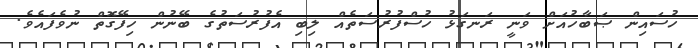
ހުސައިން ޞަބާހުއަށް ވަނީ ރަނގަޅު ހުސްފުރުސަތެއް ލިބި އެފުރުސަތުގެ ބޭނުން ހިފޭގޮތް ނުވެފައެވެ.